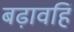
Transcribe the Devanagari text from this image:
बढ़ावहिं